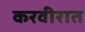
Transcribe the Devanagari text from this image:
करवीरात